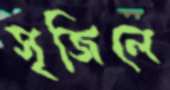
সৃজিলে